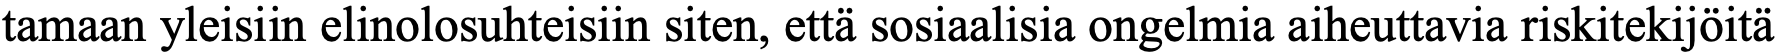
tamaan yleisiin elinolosuhteisiin siten, että sosiaalisia ongelmia aiheuttavia riskitekijöitä